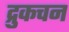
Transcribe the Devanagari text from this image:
द्रुकचन